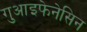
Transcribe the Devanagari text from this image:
गुआइफेनेसिन